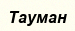
Тауман